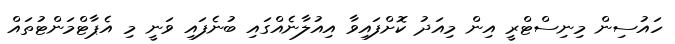
ހައުސިން މިނިސްޓްރީ އިން މިއަދު ކޮށްފައިވާ އިއުލާނެއްގައި ބުނެފައި ވަނީ މި އެޕާޓްމަންޓުތައް